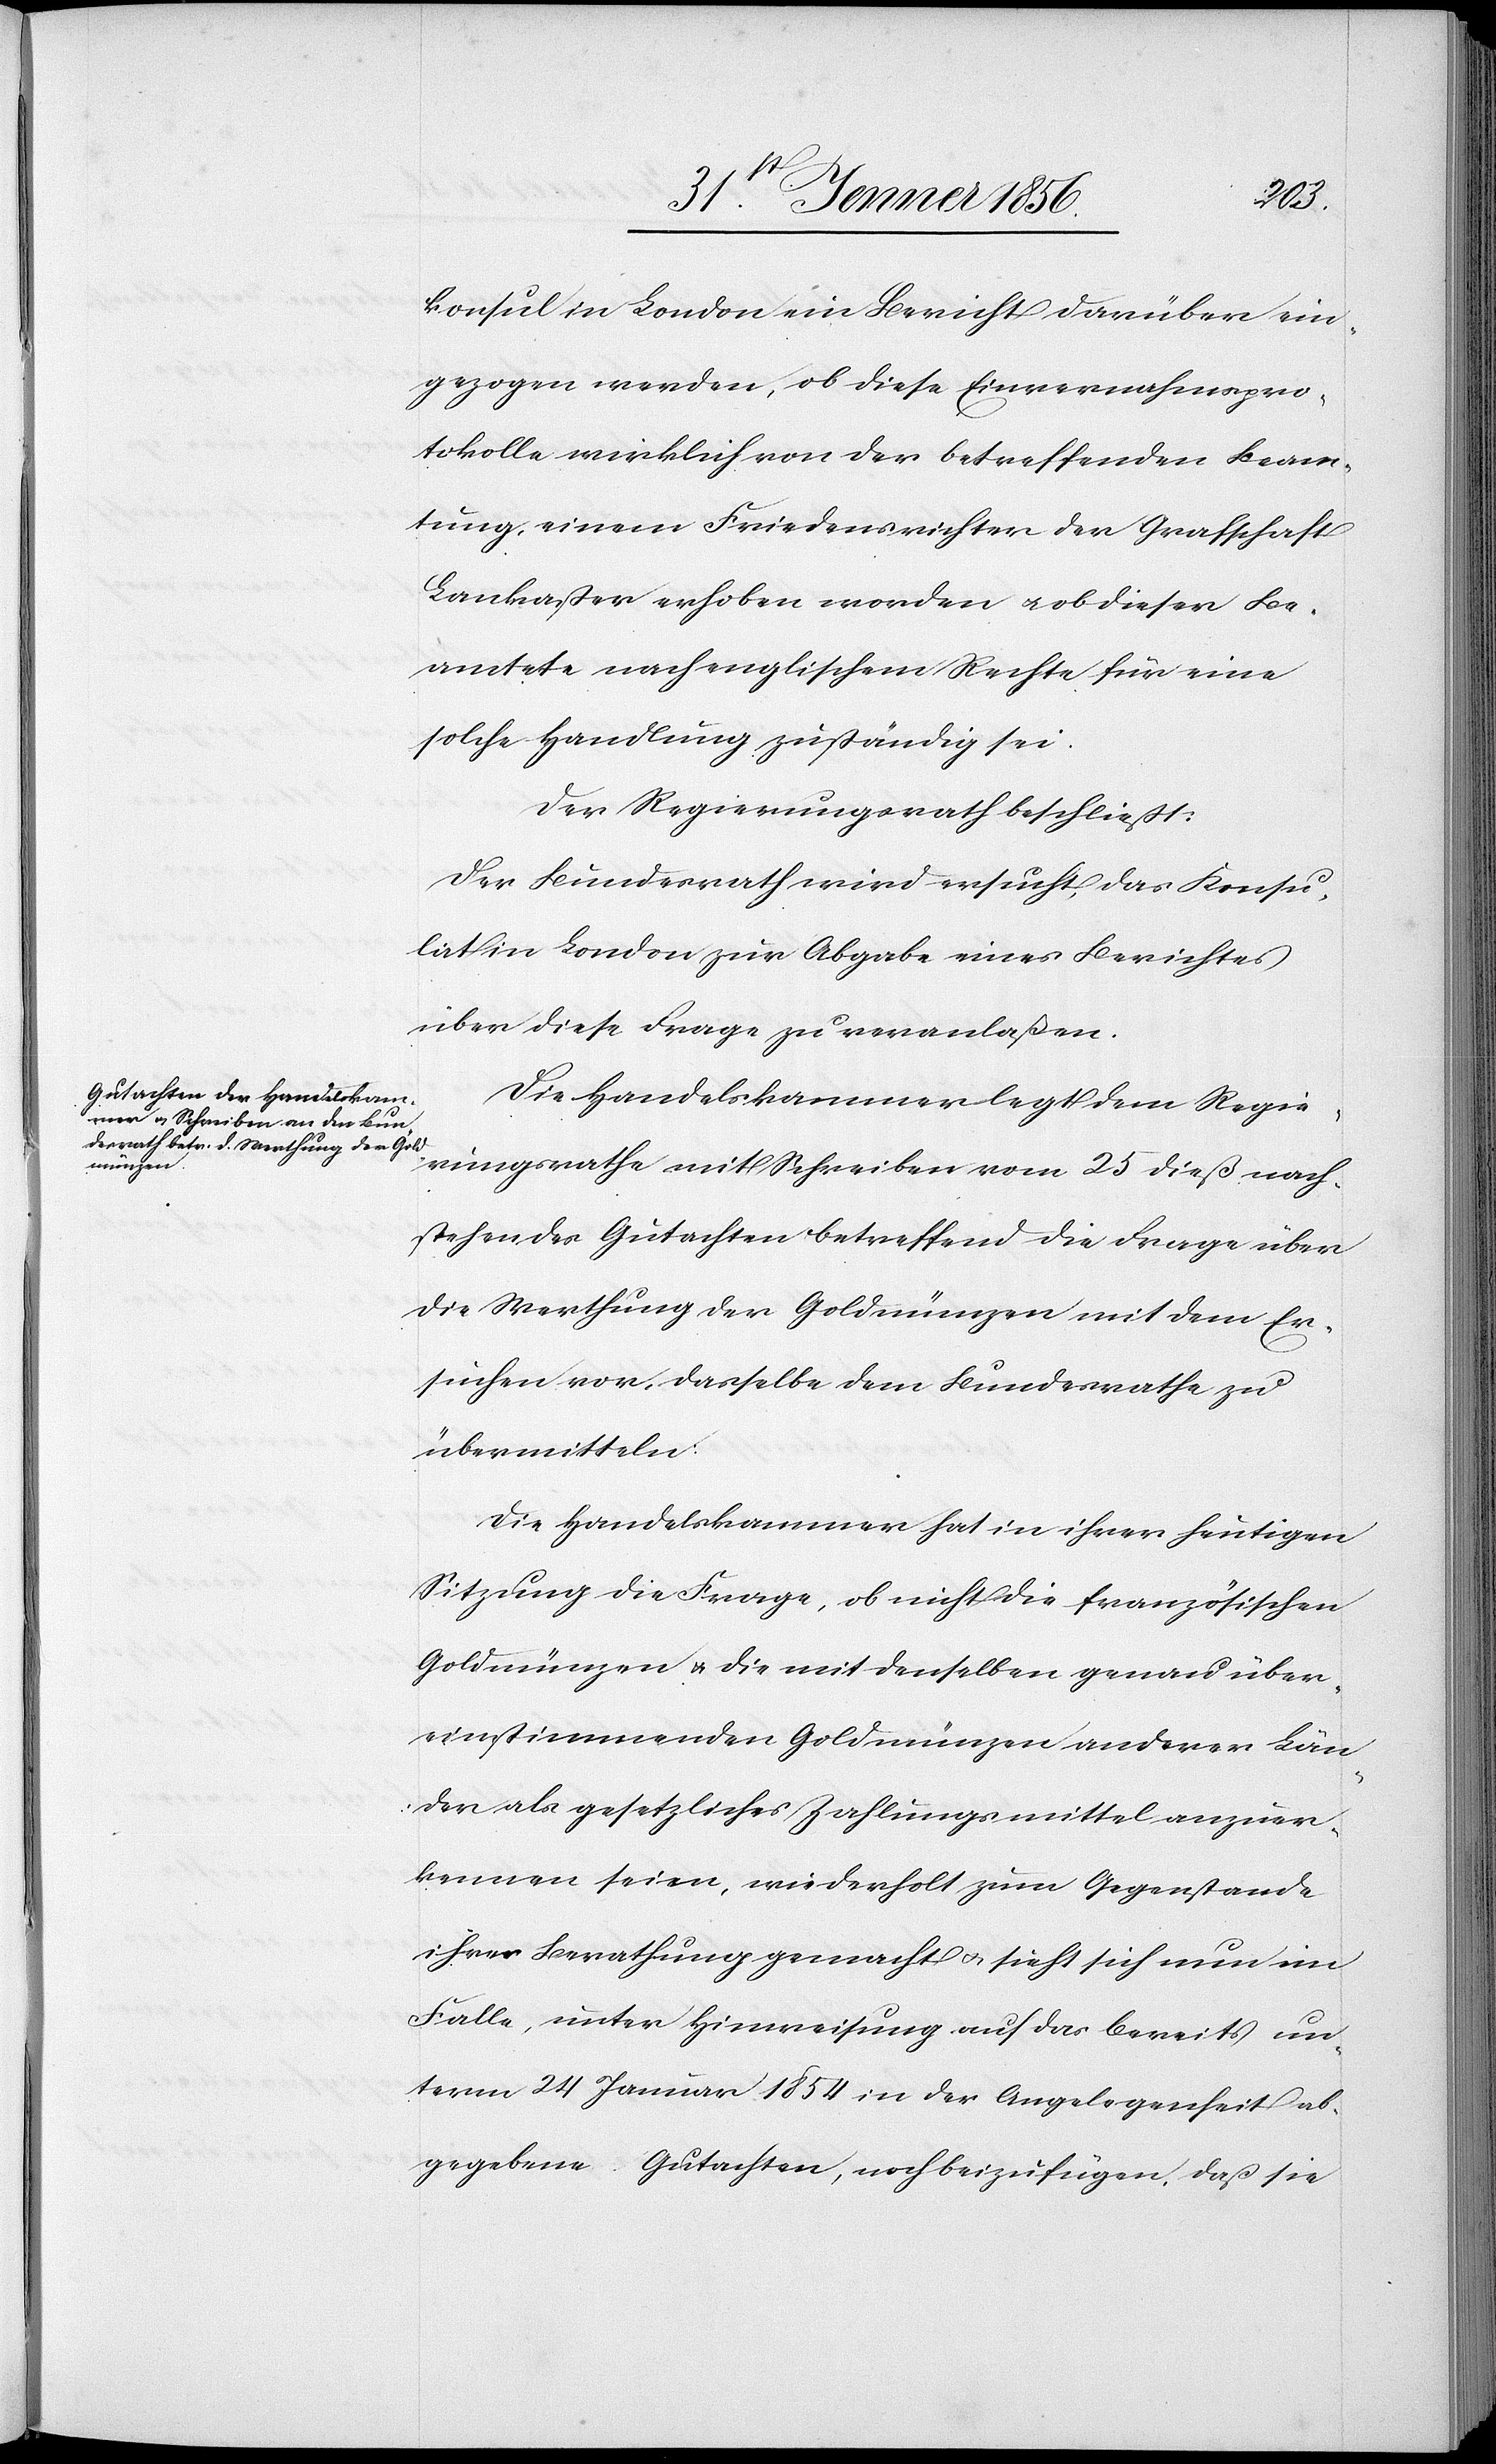
konsul in London ein Bericht darüber ein¬
gezogen werden, ob diese Einvernahmspro¬
tokolle wirklich von der betreffenden Beam¬
tung einem Friedensrichter der Grafschaft
Lankaster erhoben worden u. ob dieser Be¬
amtete nach englischem Rechte für eine
solche Handlung zuständig sei.
Der Regierungsrath beschließt:
Der Bundesrath wird ersucht, das Konsu¬
lat in London zur Abgabe eines Berichtes
über diese Frage zu veranlaßen.
Die Handelskammer legt dem Regie¬
rungsrathe mit Schreiben vom 25 dieß nach¬
stehendes Gutachten betreffend die Frage über
die Werthung der Goldmünzen mit dem Er¬
suchen vor, dasselbe dem Bundesrathe zu
übermitteln:
Die Handelskammer hat in ihrer heutigen
Sitzung die Frage, ob nicht die französischen
Goldmünzen u. die mit denselben genau über¬
einstimmenden Goldmünzen anderer Län¬
der als gesetzliches Zahlungsmittel anzuer¬
kennen seien, wiederholt zum Gegenstande
ihrer Berathung gemacht u. sieht sich nun im
Falle, unter Hinweisung auf das bereits un¬
term 24 Januar 1854 in der Angelegenheit ab¬
gegebene Gutachten, noch beizufügen, daß sie